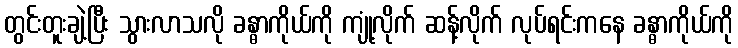
တွင်းတူးချဲ့ပြီး သွားလာသလို ခန္ဓာကိုယ်ကို ကျုံ့လိုက် ဆန့်လိုက် လုပ်ရင်းကနေ ခန္ဓာကိုယ်ကို